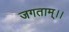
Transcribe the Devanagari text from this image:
जगताम्।।